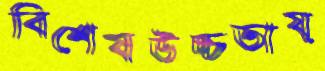
বিশেষউচ্চতায়